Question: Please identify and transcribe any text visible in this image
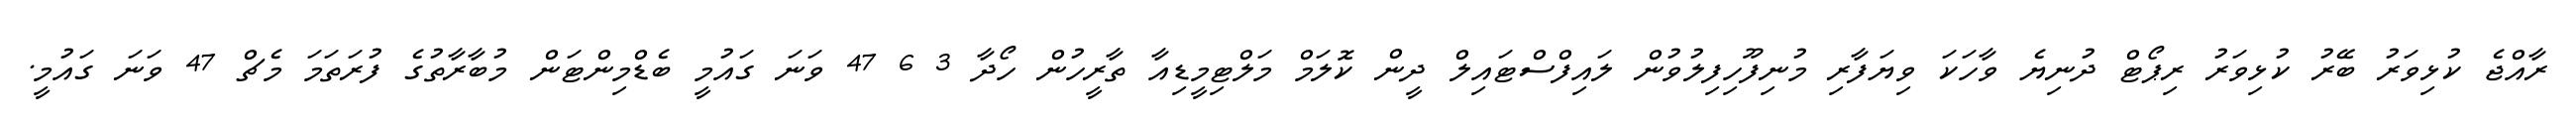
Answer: ރާއްޖެ ކުޅިވަރު ބޭރު ކުޅިވަރު ރިޕޯޓް ދުނިޔެ ވާހަކަ ވިޔަފާރި މުނިފޫހިފިލުވުން ލައިފްސްޓައިލް ދީން ކޮލަމް މަލްޓިމީޑިއާ ތާރީހުން ހޯދާ 3 6 47 ވަނަ ގައުމީ ބެޑްމިންޓަން މުބާރާތުގެ ފުރަތަމަ މެޗް 47 ވަނަ ގައުމީ.